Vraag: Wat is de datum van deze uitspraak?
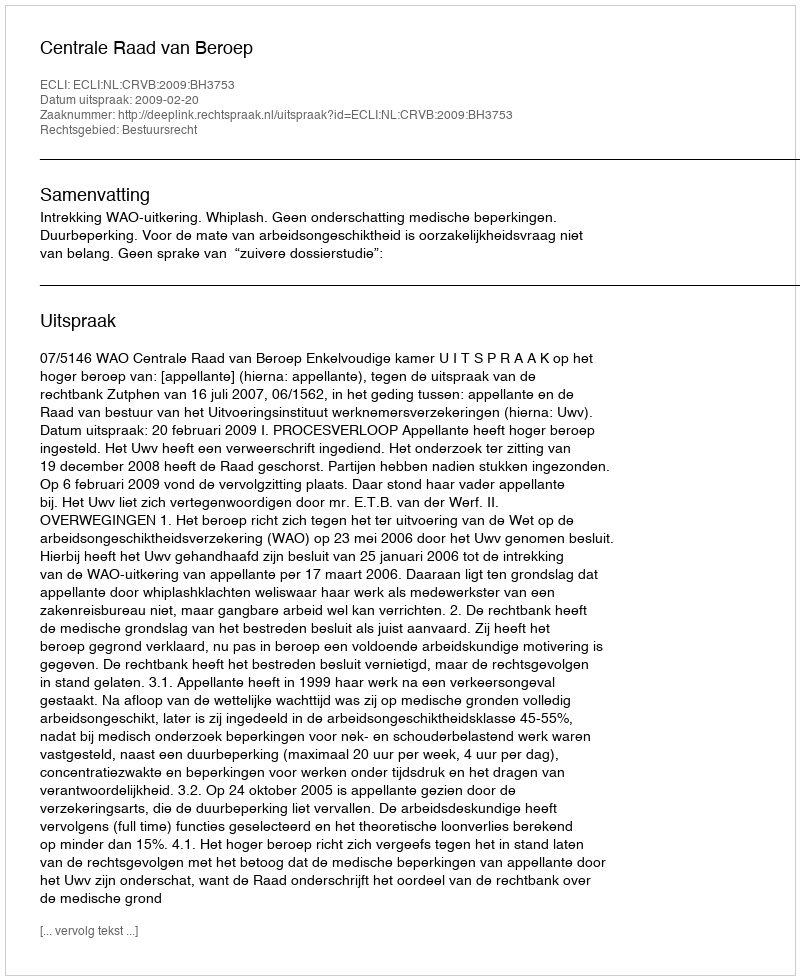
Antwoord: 2009-02-20